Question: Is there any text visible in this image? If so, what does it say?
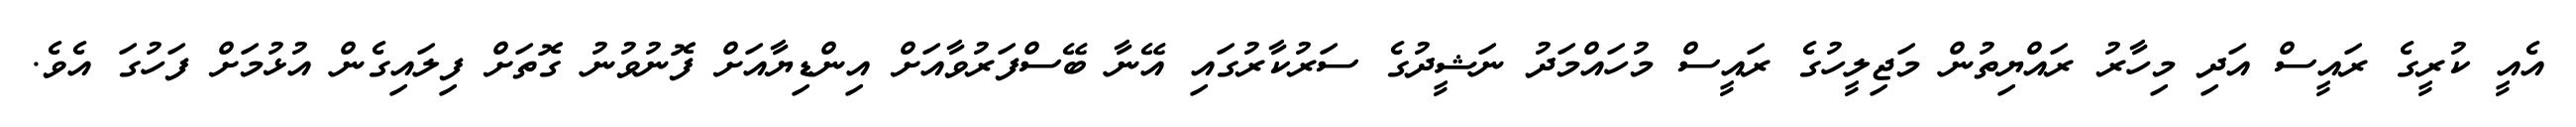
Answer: އެއީ ކުރީގެ ރައީސް އަދި މިހާރު ރައްޔިތުން މަޖިލީހުގެ ރައީސް މުހައްމަދު ނަޝީދުގެ ސަރުކާރުގައި އޭނާ ބޭސްފަރުވާއަށް އިންޑިޔާއަށް ފޮނުވުނު ގޮތަށް ފިލައިގެން އުޅުމަށް ފަހުގަ އެވެ.